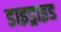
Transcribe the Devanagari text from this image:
डाइड्राइड